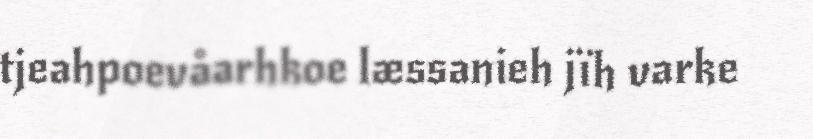
tjeahpoevåarhkoe læssanieh jïh varke